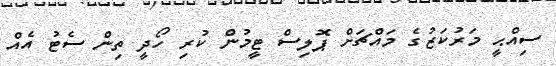
ސިއްޙީ މަރުކަޒުގެ މައްޗަށް ޕޮލިސް ޓީމުން ކުރި ހޯދީ ތިން ސެޓު އެއް